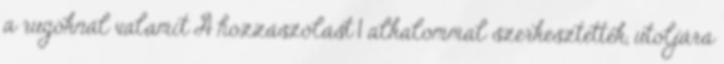
a rugóknál valamit A hozzászólást 1 alkalommal szerkesztették, utoljára